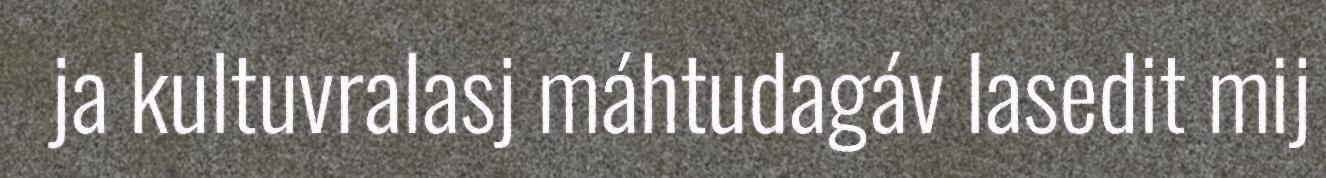
ja kultuvralasj máhtudagáv lasedit mij